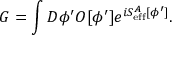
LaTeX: G = \int { \cal D } \phi ^ { \prime } { \cal O } [ \phi ^ { \prime } ] e ^ { i S _ { \mathrm { e f f } } ^ { A } [ \phi ^ { \prime } ] } .